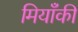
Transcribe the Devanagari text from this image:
मियाँकी